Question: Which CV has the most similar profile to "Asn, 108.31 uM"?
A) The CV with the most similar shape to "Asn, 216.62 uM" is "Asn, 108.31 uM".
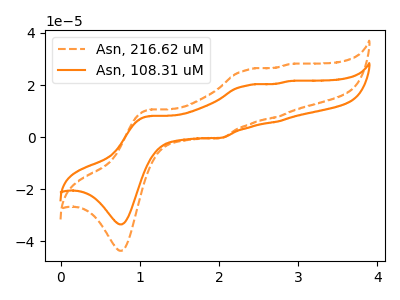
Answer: <think>The orange dashed curve "Asn, 216.62 uM" has anodic peaks at (1.10V, 10.50uA) (2.35V, 25.90uA) (2.75V, 7.65uA) (2.90V, 28.00uA) and cathodic peaks at (0.80V, -43.65uA) (2.00V, -0.40uA). The orange curve "Asn, 108.31 uM" has anodic peaks at (1.10V, 8.05uA) (2.35V, 19.90uA) (2.75V, 5.90uA) (2.90V, 21.50uA) and cathodic peaks at (0.80V, -33.55uA) (2.00V, -0.30uA).
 All the peaks in "Asn, 216.62 uM" have a peak in "Asn, 108.31 uM" at the same potential. Every peak in "Asn, 216.62 uM" is higher than every peak in "Asn, 108.31 uM".</think>
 <answer>A) The CV with the most similar shape to "Asn, 216.62 uM" is "Asn, 108.31 uM".</answer>
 <eval>A</eval>